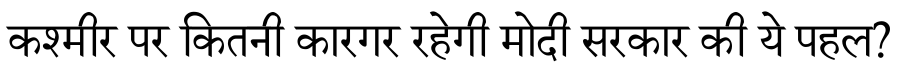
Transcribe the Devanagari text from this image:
कश्मीर पर कितनी कारगर रहेगी मोदी सरकार की ये पहल?